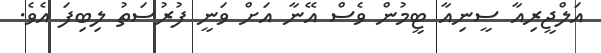
އަލްޖީރިއާ ސީނިއާ ޓީމުން ވެސް އޭނާ އަށް ވަނީ ފުރުސަތު ލިބިފަ އެވެ.